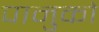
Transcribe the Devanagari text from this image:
पानुको